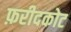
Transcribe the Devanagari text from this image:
फ़रीदकोट